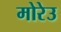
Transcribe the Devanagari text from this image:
मोरेउ